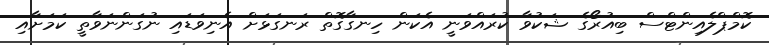
ކޮމްޕްލެއިންޓްސް ބިއުރޯގެ ޝަކުވާ ކުރައްވަނީ އެކަން ހިނގާގޮތް ރަނގަޅަށް އެނިވަޑައި ނުގަންނަވާތީ ކަމަށާއި